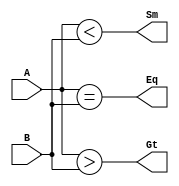
// This program was cloned from: https://github.com/paollacq/Verilog
// License: MIT License

/**************************************************
P1.1 4-bit COMPARATOR DATAFLOW2
************************************************/

module comparator_df2(Eq,Gt,Sm,A,B);

	input [3:0]A,B;
	output Eq,Gt,Sm;

assign Eq= (A==B);	//A==B
assign Gt= (A>B);	//A>B
assign Sm= (A<B);	//A<B

endmodule